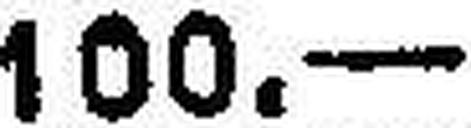
100.—